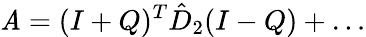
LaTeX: \mathit{A}=(I+Q)^{T}\hat{{D}}_{2}(I-Q)+\ldots